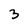
Character: 3